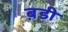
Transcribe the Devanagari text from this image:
ब़डी